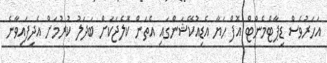
އަހަރުވެސް ޑިޕާޓްމެންޓް އޮފް ހަޔާ އެޑިއުކޭޝަންގައި އެތަން ކޮލެޖަކަށް ބަދަލު ކުރުމަށް އެދިފައިވާނެ